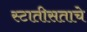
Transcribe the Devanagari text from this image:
स्टातीसताचे